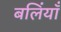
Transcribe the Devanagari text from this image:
बलिंयाँ